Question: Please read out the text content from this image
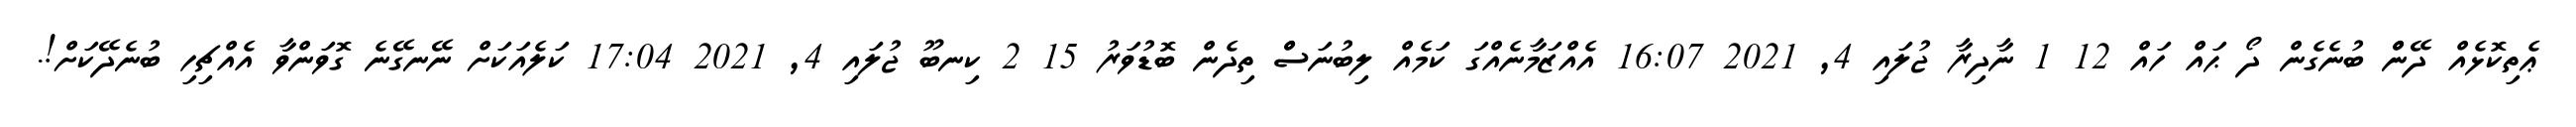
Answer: ޢެތިކޮޅެއް ދޭންް ބުނެގެން ދޯ ޙައް ހައް 12 1 ނާދިރާ ޖުލައި 4, 2021 16:07 އެއްޒަމާނެއްގަ ކަމެއް ލިބުނަސްް ތިދެން ބޮޑުވަރު 15 2 ކިނބޫ ޖުލައި 4, 2021 17:04 ކަލެއަކަށް ނޭނގޭނެ ގޮވަންވާ އެއްޗިހި ބުނެދޭކަށް!.